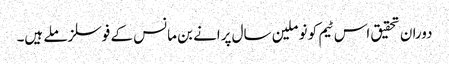
دوران تحقیق اس ٹیم کو نو ملین سال پرانے بن مانس کے فوسلز ملے ہیں۔